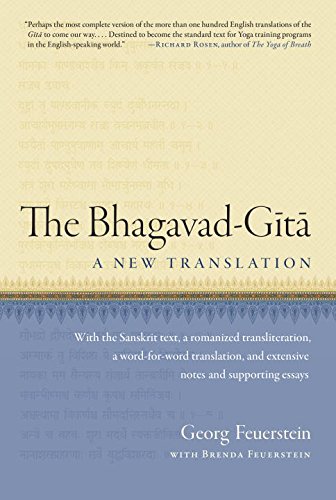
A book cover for The Bhagavad-Gita: A New Translation; Religion & Spirituality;